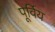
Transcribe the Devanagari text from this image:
पूर्विय